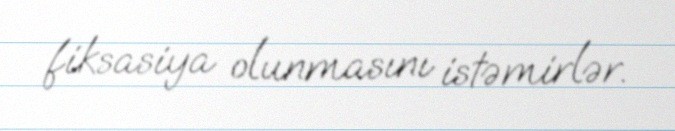
fiksasiya olunmasını istəmirlər.